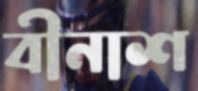
বীনাশ